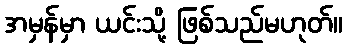
အမှန်မှာ ယင်းသို့ ဖြစ်သည်မဟုတ်။